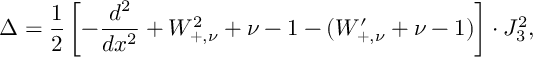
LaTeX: \Delta = \frac { 1 } { 2 } \left[ - \frac { d ^ { 2 } } { d x ^ { 2 } } + W _ { + , \nu } ^ { 2 } + \nu - 1 - ( W _ { + , \nu } ^ { \prime } + \nu - 1 ) \right] \cdot J _ { 3 } ^ { 2 } ,